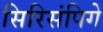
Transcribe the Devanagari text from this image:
सिरिसंपिगे